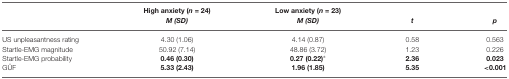
<table><thead><tr><td></td><td><b>High anxiety (<i>n</i> = 24) <i>M (SD)</i></b></td><td><b>Low anxiety (<i>n</i> = 23) <i>M (SD)</i></b></td><td><b><i>t</i></b></td><td><b><i>p</i></b></td></tr></thead><tbody><tr><td>US unpleasantness rating</td><td>4.30 (1.06)</td><td>4.14 (0.87)</td><td>0.58</td><td>0.563</td></tr><tr><td>Startle-EMG magnitude</td><td>50.92 (7.14)</td><td>48.86 (3.72)</td><td>1.23</td><td>0.226</td></tr><tr><td>Startle-EMG probability</td><td><b>0.46 (0.30)</b></td><td><b>0.27 (0.22)</b>*</td><td><b>2.36</b></td><td><b>0.023</b></td></tr><tr><td>GÜF</td><td><b>5.33 (2.43)</b></td><td><b>1.96 (1.85)</b></td><td><b>5.35</b></td><td><b>&lt;0.001</b></td></tr></tbody></table>